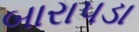
બારાપડા